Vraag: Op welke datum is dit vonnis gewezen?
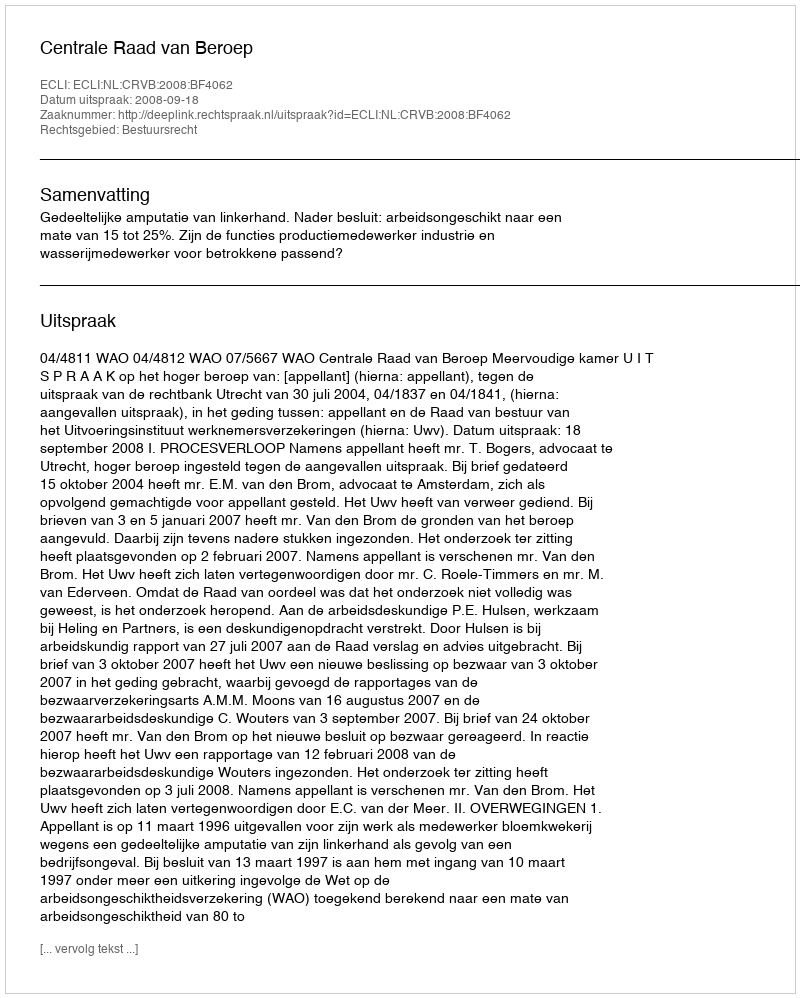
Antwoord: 2008-09-18